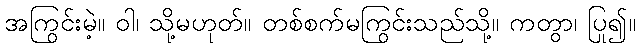
အကြွင်းမဲ့။ ဝါ၊ သို့မဟုတ်။ တစ်စက်မကြွင်းသည်သို့။ ကတွာ၊ ပြု၍။